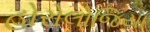
હોરોલોજિયા